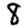
Digit: 8